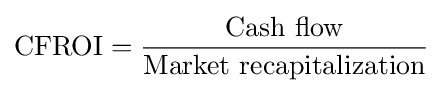
{\text{CFROI}}={\frac {\text{Cash flow}}{\text{Market recapitalization}}}